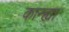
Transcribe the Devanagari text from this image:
कान्ह्या